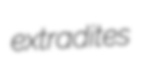
extradites